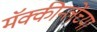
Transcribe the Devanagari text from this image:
मॅक्कीन्लेंच्या